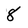
Character: 8